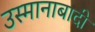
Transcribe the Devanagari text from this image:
उस्मानाबादी